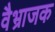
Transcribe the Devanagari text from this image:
वैभ्राजक